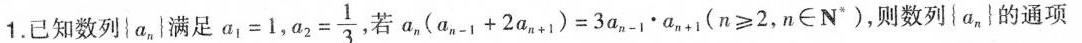
1.已知数列{a_{n}|满足$$a _ { 1 } = 1$$， $$a _ { 2 } = \frac { 1 } { 3 }$$ ，若$$a _ { n } ( a _ { n - 1 } + 2 a _ { n + 1 } )=3 a_{ n - 1 } \cdot a _ { n + 1 } ( n ≥ 2 ，n \in N * )$$，则数列{a_{n}}的通项